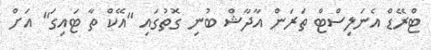
ޓްރޭޑް އެނަލިސްޓް ތަރަން އާދާޝް ބުނި ގޮތުގައި "އޭކް ތާ ޓައިގަ" އަށް